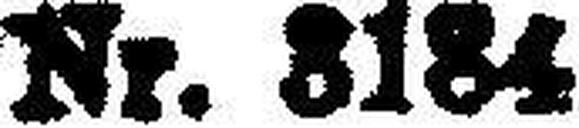
Nr. 3184